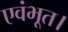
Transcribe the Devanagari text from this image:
एवंभूत।